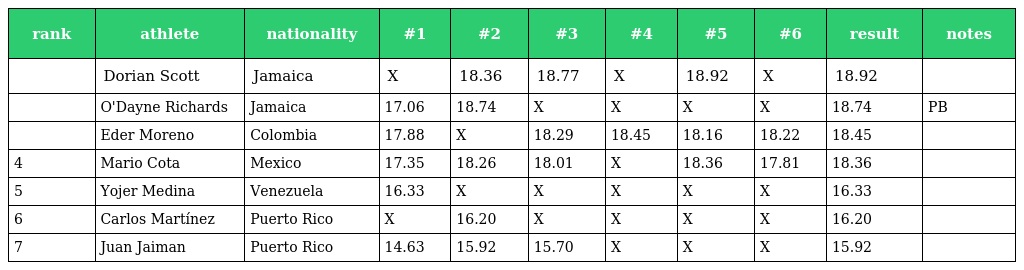
| rank | athlete | nationality | #1 | #2 | #3 | #4 | #5 | #6 | result | notes |
 | --- | --- | --- | --- | --- | --- | --- | --- | --- | --- | --- |
 |  | Dorian Scott | Jamaica | X | 18.36 | 18.77 | X | 18.92 | X | 18.92 |  |
 |  | O'Dayne Richards | Jamaica | 17.06 | 18.74 | X | X | X | X | 18.74 | PB |
 |  | Eder Moreno | Colombia | 17.88 | X | 18.29 | 18.45 | 18.16 | 18.22 | 18.45 |  |
 | 4 | Mario Cota | Mexico | 17.35 | 18.26 | 18.01 | X | 18.36 | 17.81 | 18.36 |  |
 | 5 | Yojer Medina | Venezuela | 16.33 | X | X | X | X | X | 16.33 |  |
 | 6 | Carlos Martínez | Puerto Rico | X | 16.20 | X | X | X | X | 16.20 |  |
 | 7 | Juan Jaiman | Puerto Rico | 14.63 | 15.92 | 15.70 | X | X | X | 15.92 |  |